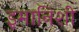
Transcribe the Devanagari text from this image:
इमानिशी